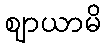
ဈာယာမိ